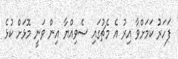
ފަހަރު ކަމަށްވާ އިރު އެ މެޗުގައި ސެވިއްޔާ އިން ވަނީ މޮޅަށް ކުޅެ